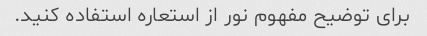
برای توضیح مفهوم نور از استعاره استفاده کنید.